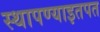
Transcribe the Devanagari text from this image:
स्थापण्याइतपत